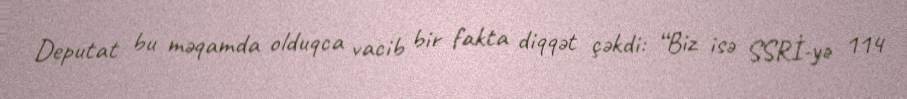
Deputat bu məqamda olduqca vacib bir fakta diqqət çəkdi: “Biz isə SSRİ-yə 114